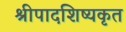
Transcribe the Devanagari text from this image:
श्रीपादशिष्यकृत